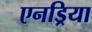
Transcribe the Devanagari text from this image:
एनड्रिया